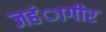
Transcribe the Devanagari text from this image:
जहंागीर